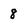
Character: 8